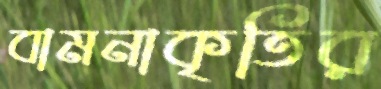
বামনাকৃতির